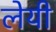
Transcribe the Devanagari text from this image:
लेयी